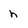
Character: h